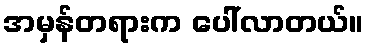
အမှန်တရားက ပေါ်လာတယ်။